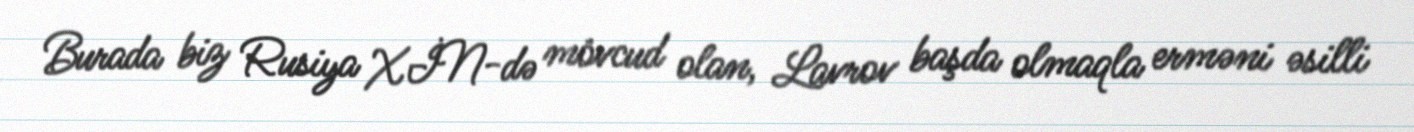
Burada biz Rusiya XİN-də mövcud olan, Lavrov başda olmaqla erməni əsilli